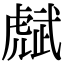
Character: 𧇭